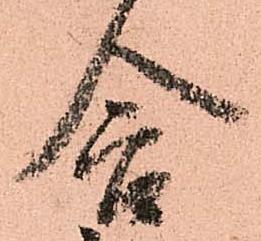
含